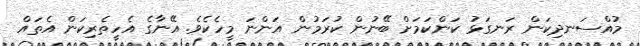
މުއްސަނދިކަން ރަނގަޅު ކަންކަމަށް ބޭނުން ކުރަމުން އަންނަ މީހެކެވެ. އޭނާގެ އެހީތެރިކަން އެތައް